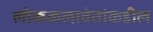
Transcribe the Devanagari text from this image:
लोककलावंतांकडील